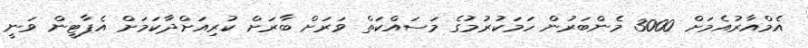
އެމްއާރުއެމަށް 3000 މެންބަރުން ހަމަކުރުމުގެ މަސައްކަތް ވަރަށް ބާރަށް ކުރިއަށްދާކަމަށް އެޕާޓީން ވަނީ